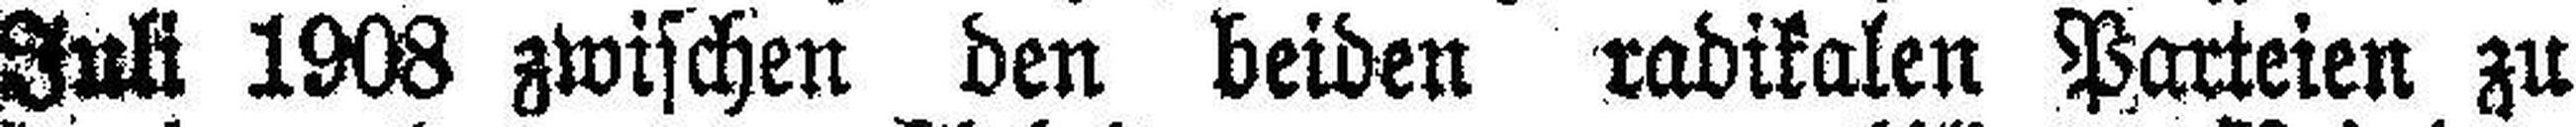
Juli 1908 zwischen den beiden radikalen Parteien zu